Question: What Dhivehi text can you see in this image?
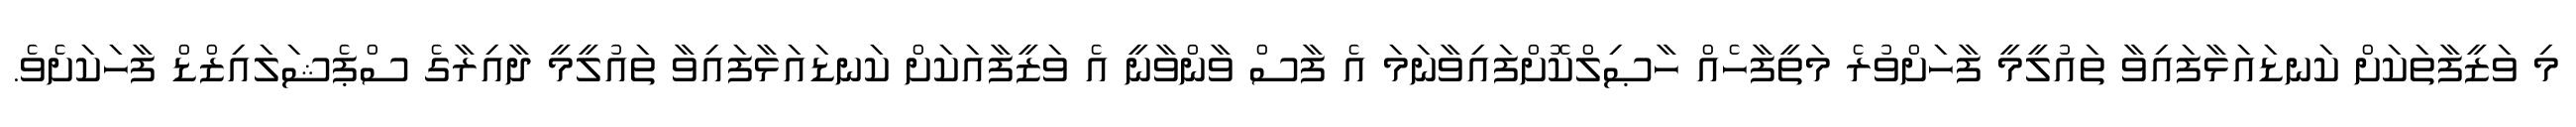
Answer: މި ވަޒީފާތަކަށް ކަނޑައަޅާފައިވާ ތައުލީމީ ފާހަށްވުރެ މަތީފާހެއް ހާޞިލްކޮށްފައިވާނަމަ އެ ފާސް ވާންވާނީ އެ ވަޒީފާއަކަށް ކަނޑައަޅާފައިވާ ތައުލީމީ ދާއިރާގެ ސްޕެޝަލައިޒްޑް ފާހަކަށެވެ.